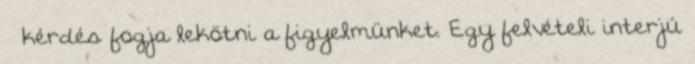
– kérdés fogja lekötni a figyelmünket. Egy felvételi interjú